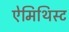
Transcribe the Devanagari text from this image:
ऐमिथिस्ट